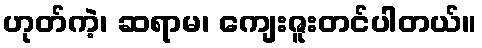
ဟုတ်ကဲ့၊ ဆရာမ၊ ကျေးဇူးတင်ပါတယ်။